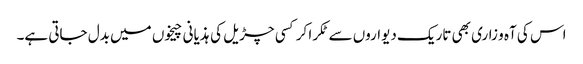
اس کی آہ و زاری بھی تاریک دیواروں سے ٹکرا کر کسی چڑیل کی ہذیانی چیخوں میں بدل جاتی ہے۔